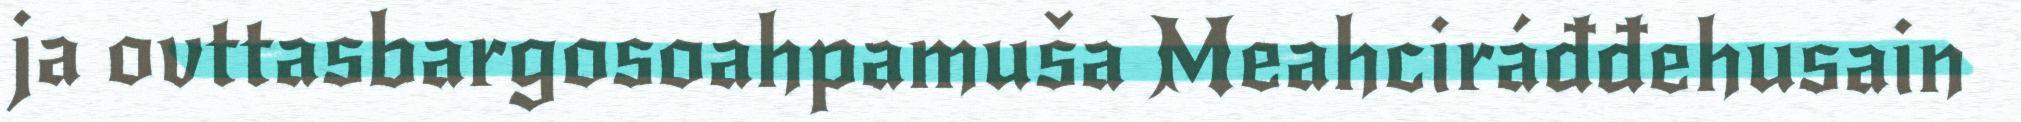
ja ovttasbargosoahpamuša Meahciráđđehusain